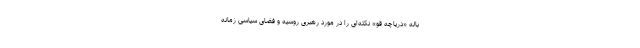
باله «دریاچه قو» نکته‌ای را در مورد رهبری روسیه و فضای سیاسی زمانه